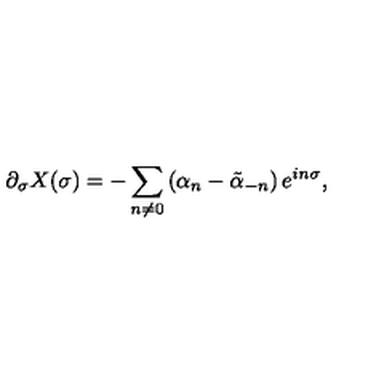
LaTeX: \partial _ { \sigma } X ( \sigma ) = - \sum _ { n \ne 0 } \left( \alpha _ { n } - \tilde { \alpha } _ { - n } \right) e ^ { i n \sigma } ,